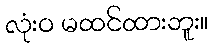
လုံးဝ မထင်ထားဘူး။